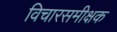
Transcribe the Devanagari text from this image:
विचारसमीक्षक